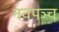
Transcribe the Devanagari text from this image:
नवपञ्च